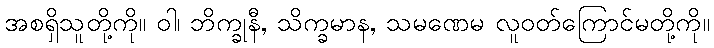
အစရှိသူတို့ကို။ ဝါ၊ ဘိက္ခုနီ, သိက္ခမာန, သမဏေမ လူဝတ်ကြောင်မတို့ကို။